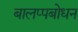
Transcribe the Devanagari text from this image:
बालप्पबोधन